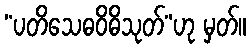
“ပတိသေဓဝိဓိသုတ်”ဟု မှတ်။